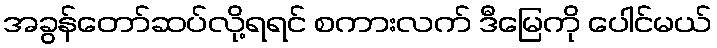
အခွန်တော်ဆပ်လို့ရရင် စကားလက် ဒီမြေကို ပေါင်မယ်